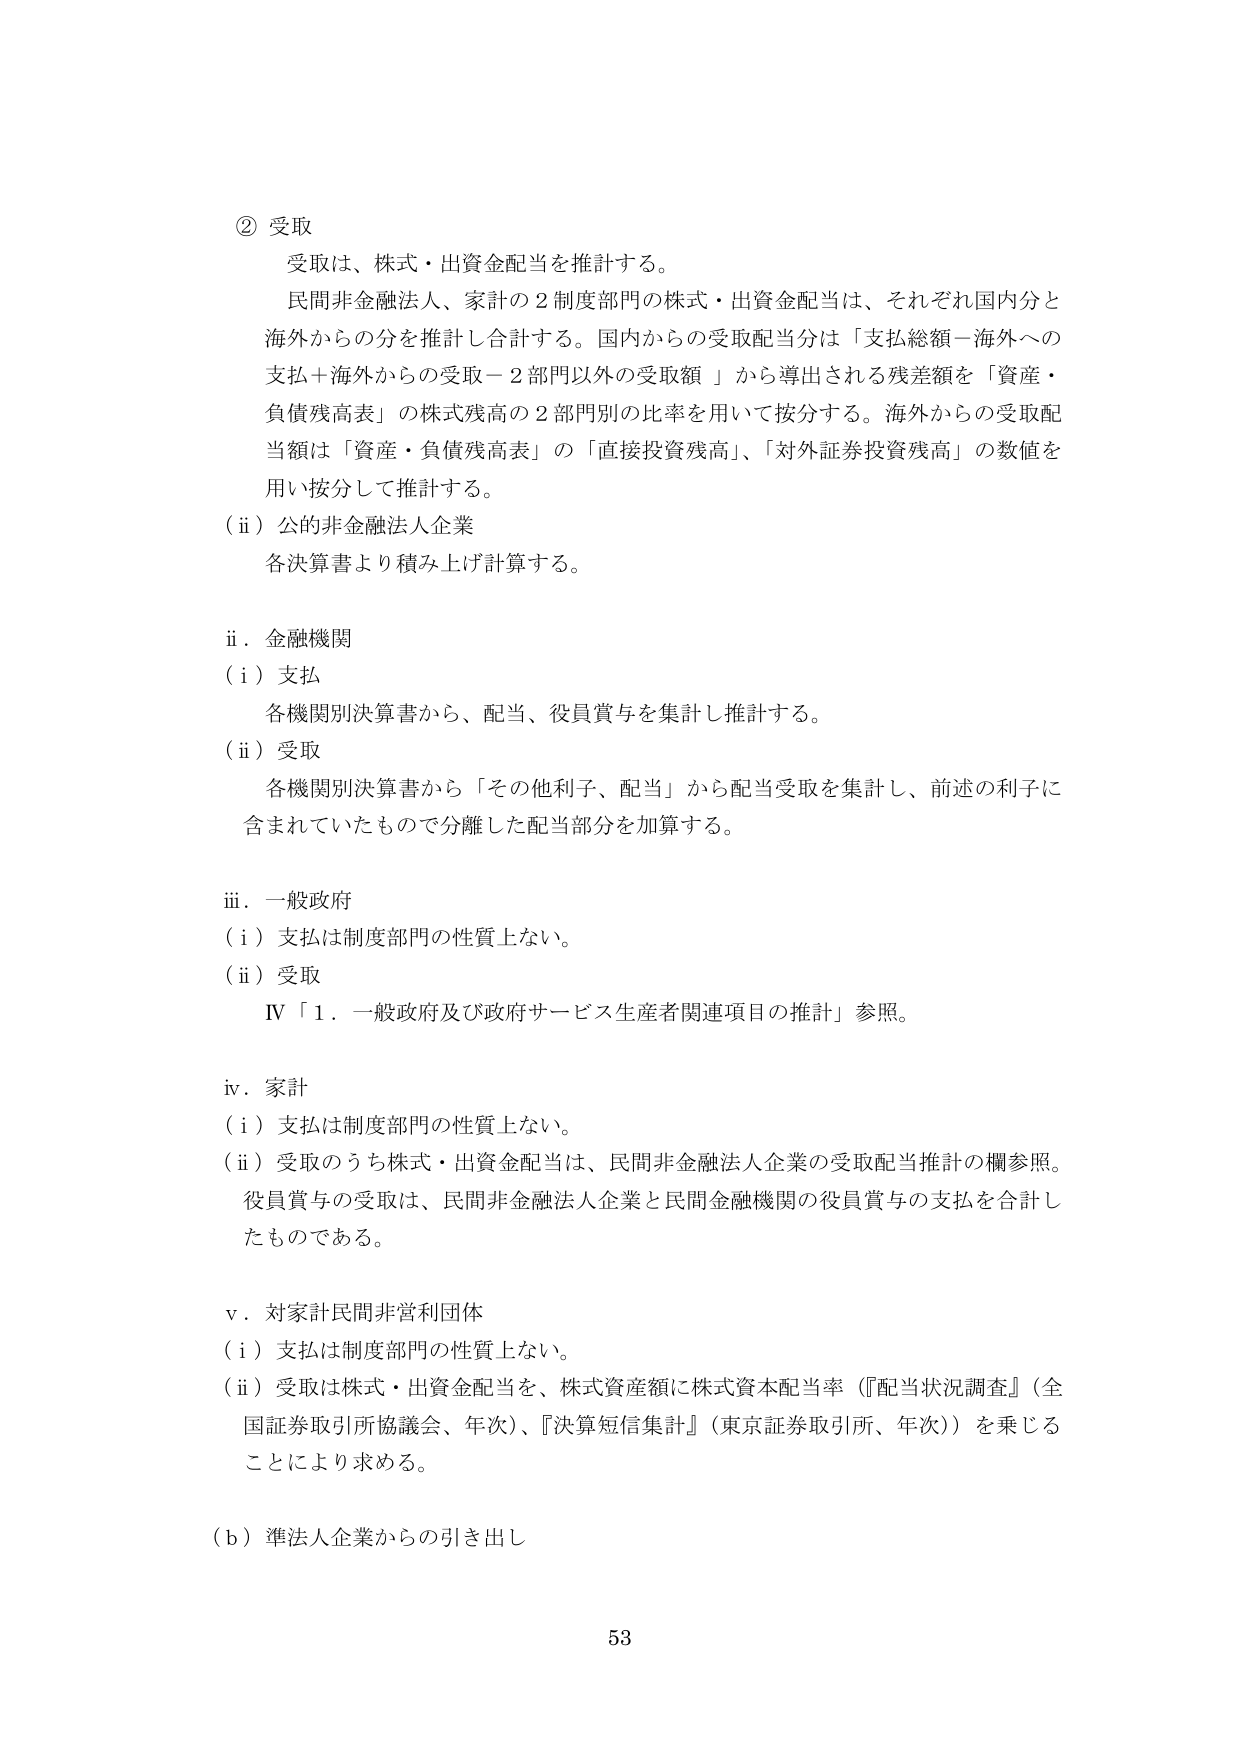
② 受取
受取は、株式・出資金配当を推計する。
民間非金融法人、家計の２制度部門の株式・出資金配当は、それぞれ国内分と海外からの分を推計し合計する。国内からの受取配当分は「支払総額－海外への支払＋海外からの受取－２部門以外の受取額」から導出される残差額を「資産・負債残高表」の株式残高の２部門別の比率を用いて按分する。海外からの受取配当額は「資産・負債残高表」の「直接投資残高」、「対外証券投資残高」の数値を用い按分して推計する。

（ⅱ）公的非金融法人企業
各決算書より積み上げ計算する。

ⅱ．金融機関
（ⅰ）支払
各機関別決算書から、配当、役員賞与を集計し推計する。
（ⅱ）受取
各機関別決算書から「その他利子、配当」から配当受取を集計し、前述の利子に含まれていたもので分離した配当部分を加算する。

ⅲ．一般政府
（ⅰ）支払は制度部門の性質上ない。
（ⅱ）受取
Ⅳ「１．一般政府及び政府サービス生産者関連項目の推計」参照。

ⅳ．家計
（ⅰ）支払は制度部門の性質上ない。
（ⅱ）受取のうち株式・出資金配当は、民間非金融法人企業の受取配当推計の欄参照。役員賞与の受取は、民間非金融法人企業と民間金融機関の役員賞与の支払を合計したものである。

ⅴ．対家計民間非営利団体
（ⅰ）支払は制度部門の性質上ない。
（ⅱ）受取は株式・出資金配当を、株式資産額に株式資本配当率（『配当状況調査』（全国証券取引所協議会、年次）、『決算短信集計』（東京証券取引所、年次））を乗じることにより求める。

（ｂ）準法人企業からの引き出し

53